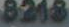
8218